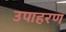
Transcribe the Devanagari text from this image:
उपाहरण